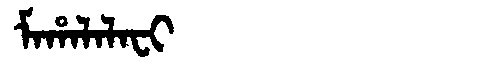
Manchu: ᠮᠠᡥᠠᠯᠠᠯᠠᠸᡳ
Romanization: MAHALALAFI